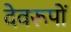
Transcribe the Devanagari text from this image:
देवरूपों